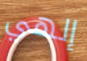
إلهي